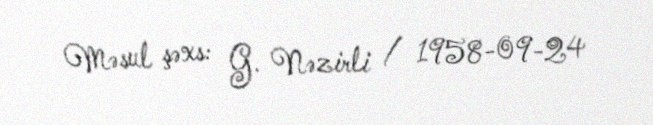
Məsul şəxs: G. Nəzirli / 1958-09-24